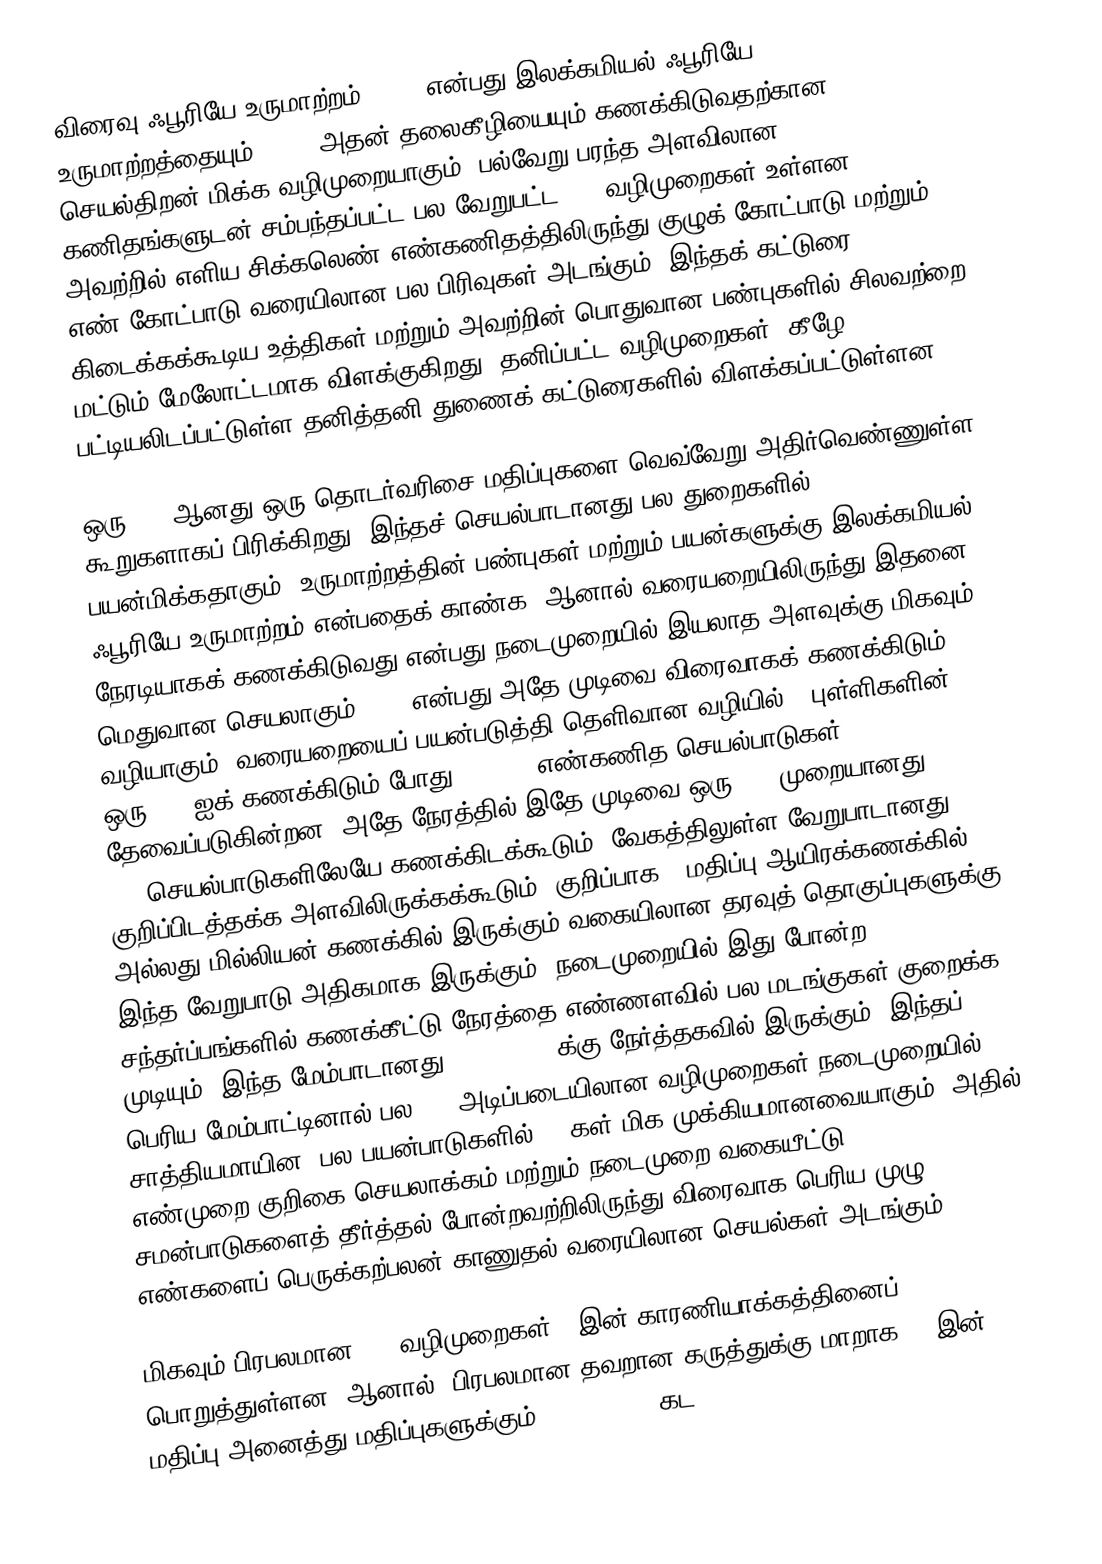
விரைவு ஃபூரியே உருமாற்றம் (FFT) என்பது இலக்கமியல் ஃபூரியே உருமாற்றத்தையும் (DFT) அதன் தலைகீழியையும் கணக்கிடுவதற்கான செயல்திறன் மிக்க வழிமுறையாகும். பல்வேறு பரந்த அளவிலான கணிதங்களுடன் சம்பந்தப்பட்ட பல வேறுபட்ட FFT வழிமுறைகள் உள்ளன, அவற்றில் எளிய சிக்கலெண் எண்கணிதத்திலிருந்து குழுக் கோட்பாடு மற்றும் எண் கோட்பாடு வரையிலான பல பிரிவுகள் அடங்கும். இந்தக் கட்டுரை கிடைக்கக்கூடிய உத்திகள் மற்றும் அவற்றின் பொதுவான பண்புகளில் சிலவற்றை மட்டும் மேலோட்டமாக விளக்குகிறது. தனிப்பட்ட வழிமுறைகள், கீழே பட்டியலிடப்பட்டுள்ள தனித்தனி துணைக் கட்டுரைகளில் விளக்கப்பட்டுள்ளன.

ஒரு DFT ஆனது ஒரு தொடர்வரிசை மதிப்புகளை வெவ்வேறு அதிர்வெண்ணுள்ள கூறுகளாகப் பிரிக்கிறது. இந்தச் செயல்பாடானது பல துறைகளில் பயன்மிக்கதாகும் (உருமாற்றத்தின் பண்புகள் மற்றும் பயன்களுக்கு இலக்கமியல் ஃபூரியே உருமாற்றம் என்பதைக் காண்க) ஆனால் வரையறையிலிருந்து இதனை நேரடியாகக் கணக்கிடுவது என்பது நடைமுறையில் இயலாத அளவுக்கு மிகவும் மெதுவான செயலாகும். FFT என்பது அதே முடிவை விரைவாகக் கணக்கிடும் வழியாகும்: வரையறையைப் பயன்படுத்தி தெளிவான வழியில் N புள்ளிகளின் ஒரு DFT ஐக் கணக்கிடும் போது, O(N 2) எண்கணித செயல்பாடுகள் தேவைப்படுகின்றன. அதே நேரத்தில் இதே முடிவை ஒரு FFT முறையானது O(N log N ) செயல்பாடுகளிலேயே கணக்கிடக்கூடும். வேகத்திலுள்ள வேறுபாடானது குறிப்பிடத்தக்க அளவிலிருக்கக்கூடும், குறிப்பாக N மதிப்பு ஆயிரக்கணக்கில் அல்லது மில்லியன் கணக்கில் இருக்கும் வகையிலான தரவுத் தொகுப்புகளுக்கு இந்த வேறுபாடு அதிகமாக இருக்கும். நடைமுறையில் இது போன்ற சந்தர்ப்பங்களில் கணக்கீட்டு நேரத்தை எண்ணளவில் பல மடங்குகள் குறைக்க முடியும். இந்த மேம்பாடானது N /log(N ) க்கு நேர்த்தகவில் இருக்கும். இந்தப் பெரிய மேம்பாட்டினால் பல DFT-அடிப்படையிலான வழிமுறைகள் நடைமுறையில் சாத்தியமாயின. பல பயன்பாடுகளில் FFTகள் மிக முக்கியமானவையாகும், அதில் எண்முறை குறிகை செயலாக்கம் மற்றும் நடைமுறை வகையீட்டு சமன்பாடுகளைத் தீர்த்தல் போன்றவற்றிலிருந்து விரைவாக பெரிய முழு எண்களைப் பெருக்கற்பலன் காணுதல் வரையிலான செயல்கள் அடங்கும்.

மிகவும் பிரபலமான FFT வழிமுறைகள் N இன் காரணியாக்கத்தினைப் பொறுத்துள்ளன, ஆனால் (பிரபலமான தவறான கருத்துக்கு மாறாக) N இன் மதிப்பு அனைத்து மதிப்புகளுக்கும் O(N log N ) கட